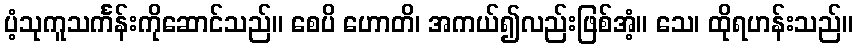
ပံ့သုကူသင်္ကန်းကိုဆောင်သည်။ စေပိ ဟောတိ၊ အကယ်၍လည်းဖြစ်အံ့။ သေ၊ ထိုရဟန်းသည်။